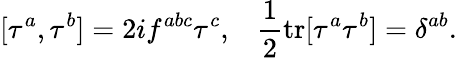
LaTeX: [\tau^{a},\tau^{b}]=2if^{abc}\tau^{c},\; \; \; \frac{1}{2}\mathrm{tr}[\tau^{a}\tau^{b}]=\delta^{ab}.